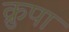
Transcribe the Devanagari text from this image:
क्रुपा